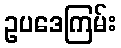
ဥပဒေကြမ်း